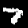
Digit: 7